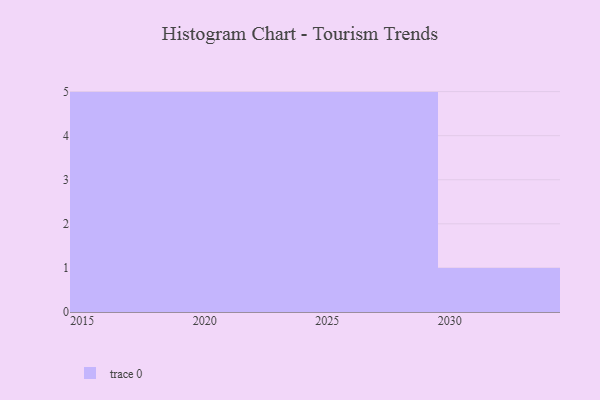
{"axis": {"x": "Year", "y": "Market Share (%)"}, "legend": [""], "data": [{"x": "2018", "y": 68, "type": ""}, {"x": "2022", "y": 78, "type": ""}, {"x": "2028", "y": 79, "type": ""}, {"x": "2015", "y": 89, "type": ""}, {"x": "2024", "y": 88, "type": ""}, {"x": "2017", "y": 22, "type": ""}, {"x": "2019", "y": 38, "type": ""}, {"x": "2025", "y": 16, "type": ""}, {"x": "2027", "y": 7, "type": ""}, {"x": "2021", "y": 48, "type": ""}, {"x": "2016", "y": 65, "type": ""}, {"x": "2020", "y": 89, "type": ""}, {"x": "2023", "y": 97, "type": ""}, {"x": "2029", "y": 19, "type": ""}, {"x": "2030", "y": 30, "type": ""}, {"x": "2026", "y": 5, "type": ""}]}